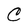
Character: C